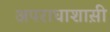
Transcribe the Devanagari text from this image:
अपराधाशास़ी